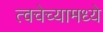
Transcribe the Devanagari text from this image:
त्वचेच्यामध्ये